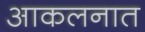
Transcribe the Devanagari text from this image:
आकलनात